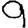
Digit: 9